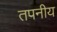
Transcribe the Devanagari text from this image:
तपनीय